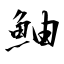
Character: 鮋